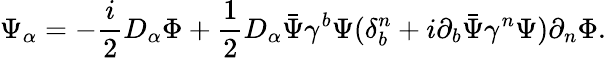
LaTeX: \Psi_{\alpha}=-{\frac{i}{2}}D_{\alpha}\Phi+{\frac{1}{2}}D_{\alpha}\bar{\Psi}\gamma^{b}\Psi(\delta_{b}^{n}+i\partial_{b}\bar{\Psi}\gamma^{n}\Psi)\partial_{n}\Phi.